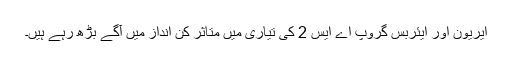
ایریون اور ایئربس گروپ اے ایس 2 کی تیاری میں متاثر کن انداز میں آگے بڑھ رہے ہیں۔